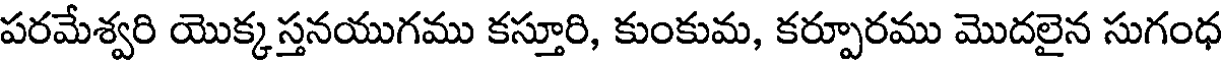
పరమేశ్వరి యొక్కస్తనయుగము కస్తూరి, కుంకుమ, కర్పూరము మొదలైన సుగంధ